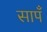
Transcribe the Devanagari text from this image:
सापँ